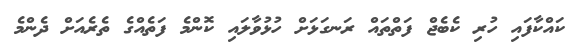
ކައްކާފައި ހުރި ކެބެޖް ފަތްތައް ރަނގަޅަށް ހުޅުވާލައި ކޮންމެ ފަތެއްގެ ތެރެއަށް ދެންމެ